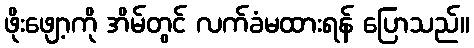
ဖိုးဖျော့ကို အိမ်တွင် လက်ခံမထားရန် ပြောသည်။